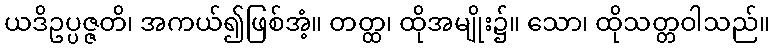
ယဒိဥပ္ပဇ္ဇတိ၊ အကယ်၍ဖြစ်အံ့။ တတ္ထ၊ ထိုအမျိုး၌။ သော၊ ထိုသတ္တဝါသည်။